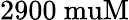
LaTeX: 2900\mathrm{\ muM}